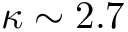
\kappa \sim 2 . 7